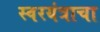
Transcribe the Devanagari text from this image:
स्वरयंत्राचा